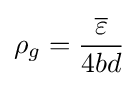
\rho _{g}={\frac {\overline {\varepsilon }}{4bd}}